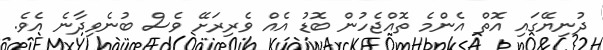
ދުނިޔޭގައި އޮތް އެންމެ ތޮއްޖެހުން ބޮޑު އެއް ވެރިރަށޭ ވެސް ބުނެވިދާނެ އެވެ.